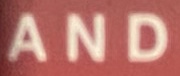
AND